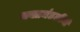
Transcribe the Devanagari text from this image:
भक्तमंडळींनी